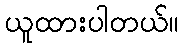
ယူထားပါတယ်။